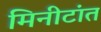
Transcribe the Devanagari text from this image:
मिनीटांत